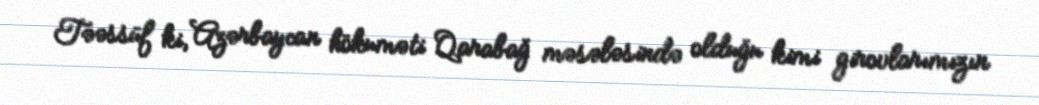
Təəssüf ki, Azərbaycan hökuməti Qarabağ məsələsində olduğu kimi girovlarımızın